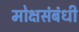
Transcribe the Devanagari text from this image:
मोक्षसंबंधी